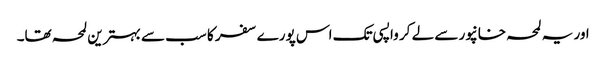
اور یہ لمحہ خانپور سے لے کر واپسی تک اس پورے سفر کا سب سے بہترین لمحہ تھا۔